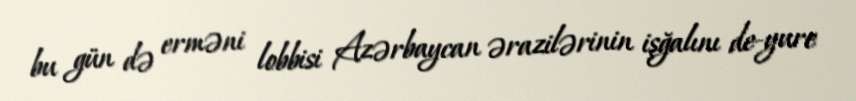
bu gün də erməni lobbisi Azərbaycan ərazilərinin işğalını de-yure